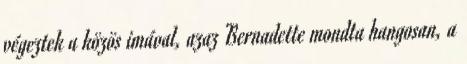
végeztek a közös imával, azaz Bernadette mondta hangosan, a